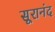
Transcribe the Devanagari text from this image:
सूरानंद